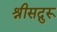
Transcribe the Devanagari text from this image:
श्रीसद्गुरू